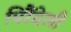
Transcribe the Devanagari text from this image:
पिरैंदेली